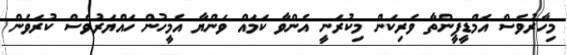
މިހާރުވެސް އެމްޑީޕީންތާ ވެރިކަން މިކުރަނީ އެންވާ ކަމައް ވަންޔާ އެމީހުން ހައްޔަރުވެސް ކުރަވެން